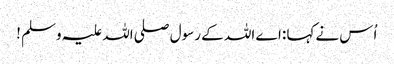
اُس نےکہا :اے اللہ کے رسول صلی اللہ علیہ وسلم !